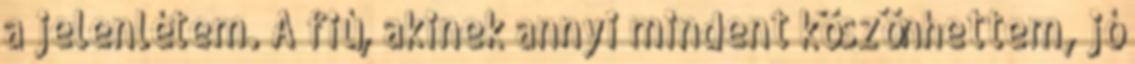
a jelenlétem. A fiú, akinek annyi mindent köszönhettem, jó